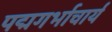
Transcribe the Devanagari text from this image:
पद्मगर्भाचार्य